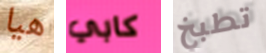
هيا كابي تطبخ